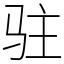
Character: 驻